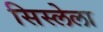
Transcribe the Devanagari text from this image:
सिस्लेला